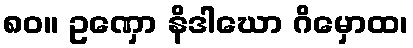
၈၀။ ဥဏှော နိဒါဃော ဂိမှောထ၊